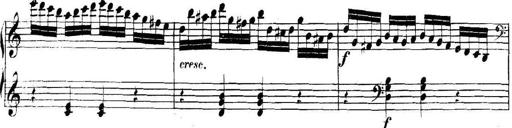
Title: Collected Piano Sonatas
Composer: Muzio Clementi